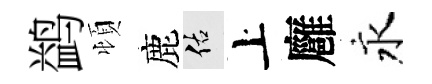
鹢頓鹿佑上廱永